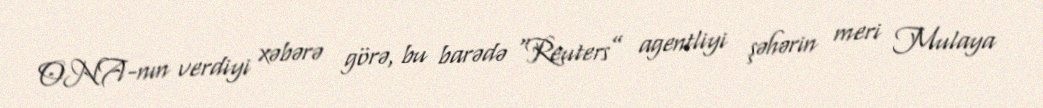
ONA-nın verdiyi xəbərə görə, bu barədə “Reuters” agentliyi şəhərin meri Mulaya